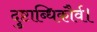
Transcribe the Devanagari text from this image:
दुष्टाब्धिकौर्व।